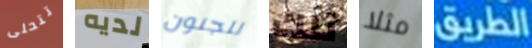
تتحلى لديه للجنون تلك مثلا الطريق